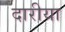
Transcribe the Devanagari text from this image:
दारीया